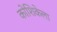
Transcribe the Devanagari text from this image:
कोशिकेला